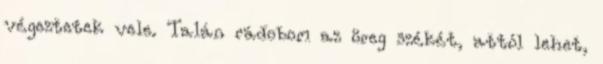
végeztetek vele. Talán rádobom az öreg székét, attól lehet,